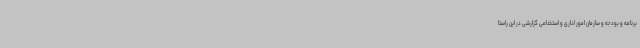
برنامه و بودجه و سازمان امور اداری و استخدامی گزارشی در این راستا